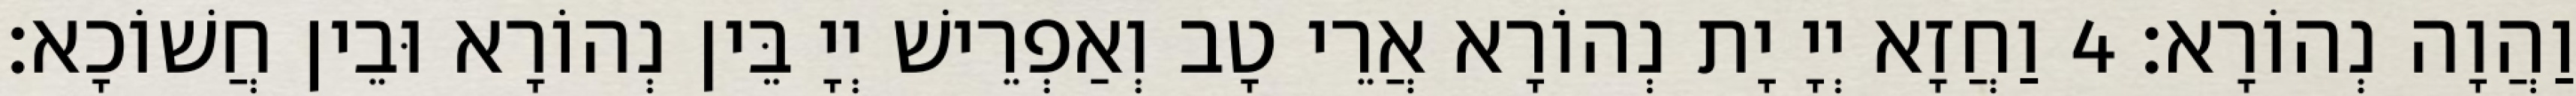
וַהֲוָה נְהוֹרָא׃ 4 וַחֲזָא יְיָ יָת נְהוֹרָא אֲרֵי טָב וְאַפְרֵישׁ יְיָ בֵּין נְהוֹרָא וּבֵין חֲשׁוֹכָא׃